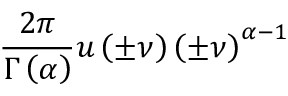
{ \frac { 2 \pi } { \Gamma \left( \alpha \right) } } u \left( \pm \nu \right) \left( \pm \nu \right) ^ { \alpha - 1 }